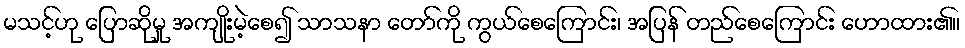
မသင့်ဟု ပြောဆိုမှု အကျိုးမဲ့စေ၍ သာသနာ တော်ကို ကွယ်စေကြောင်း၊ အပြန် တည်စေကြောင်း ဟောထား၏။